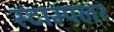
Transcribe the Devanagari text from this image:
स्टाम्पलर